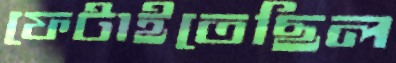
ফেটাইতেছিল